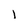
Character: l